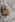
ذا